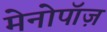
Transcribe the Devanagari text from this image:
मेनोपॉज़